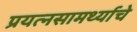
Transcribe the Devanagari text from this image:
प्रयत्‍नसामर्थ्याचे